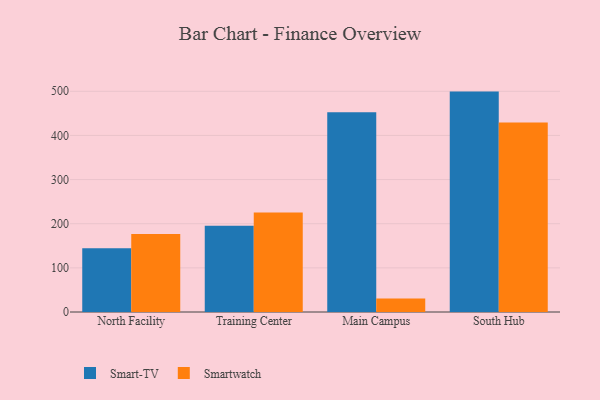
{"axis": {"x": "Campus", "y": "Budget (USD K)"}, "legend": ["Smart-TV", "Smartwatch"], "data": [{"x": "North Facility", "y": 144.7, "type": "Smart-TV"}, {"x": "North Facility", "y": 176.7, "type": "Smartwatch"}, {"x": "Training Center", "y": 195.3, "type": "Smart-TV"}, {"x": "Training Center", "y": 225.4, "type": "Smartwatch"}, {"x": "Main Campus", "y": 452.5, "type": "Smart-TV"}, {"x": "Main Campus", "y": 30.5, "type": "Smartwatch"}, {"x": "South Hub", "y": 499.3, "type": "Smart-TV"}, {"x": "South Hub", "y": 429.5, "type": "Smartwatch"}]}